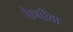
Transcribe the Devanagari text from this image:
फेनरिक